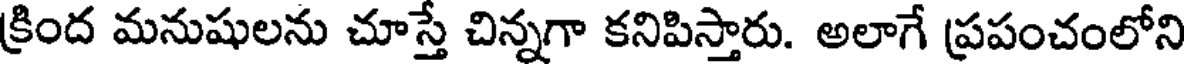
క్రింద మనుషులను చూస్తే చిన్నగా కనిపిస్తారు. అలాగే ప్రపంచంలోని